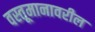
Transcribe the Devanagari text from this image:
वस्तूमानावरील